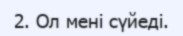
2. Ол мені сүйеді.